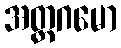
အတ္ထဂမော